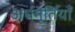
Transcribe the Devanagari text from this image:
अर्धमूर्तियाँ